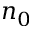
n _ { 0 }